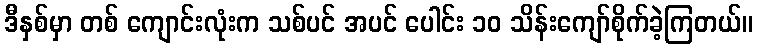
ဒီနှစ်မှာ တစ် ကျောင်းလုံးက သစ်ပင် အပင် ပေါင်း ၁၀ သိန်းကျော်စိုက်ခဲ့ကြတယ်။